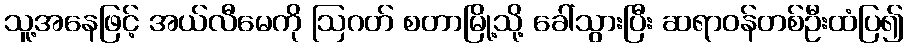
သူ့အနေဖြင့် အယ်လီမေကို ဩဂတ် စတာမြို့သို့ ခေါ်သွားပြီး ဆရာဝန်တစ်ဦးထံပြ၍